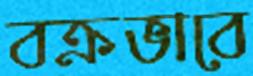
বক্রভাবে